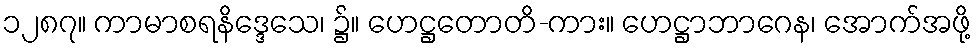
၁၂၈၇။ ကာမာစရနိဒ္ဒေသေ၊ ၌။ ဟေဋ္ဌတောတိ-ကား။ ဟေဋ္ဌာဘာဂေန၊ အောက်အဖို့